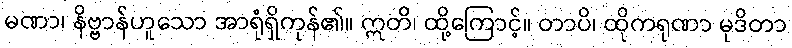
မဏာ၊ နိဗ္ဗာန်ဟူသော အာရုံရှိကုန်၏။ ဣတိ၊ ထို့ကြောင့်။ တာပိ၊ ထိုကရုဏာ မုဒိတာ